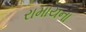
રામાયના